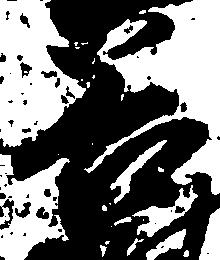
谷